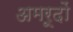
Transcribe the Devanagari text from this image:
अमरूदों